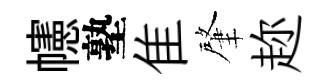
幰塾隹肇趂